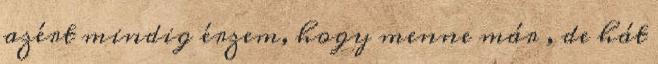
azért mindig érzem, hogy menne már , de hát